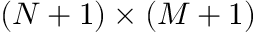
( N + 1 ) \times ( M + 1 )